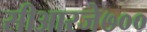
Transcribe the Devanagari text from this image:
सीआरजे७००